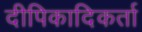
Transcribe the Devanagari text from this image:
दीपिकादिकर्ता